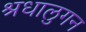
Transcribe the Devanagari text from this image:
श्रधालुगन